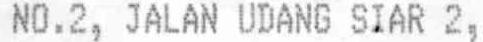
NO.2, JALAN UDANG SIAR 2,